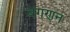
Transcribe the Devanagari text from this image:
बगणन